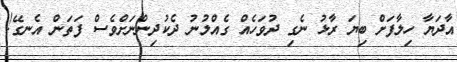
އާދަޔާ ހިލާފަށް ބިޔަ ރާޅު ނެގި ދުވަހެއް ގެއްލުނު ދެކުދިންނަށްވެސް ފަތަން އެނގޭ!